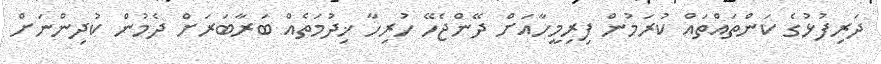
ދަރިފުޅުގެ ކަންތައްތައް ކުރަމުން ފިރިމީހާއަށް ދޭންޖެހޭ ހުރިހާ ޚިދުމަތެއް ބަރާބަރަށް ދެމުން ކުދިންނަށް